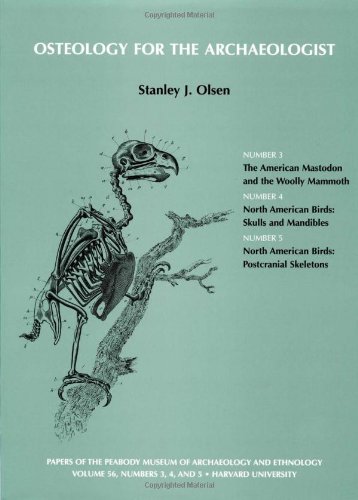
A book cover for Volume 56: Osteology for the Archaeologist: American Mastadon and the Woolly Mammoth; North American Birds: Skulls and Mandibles; North American ... (Papers of the Peabody Museum) (Volume 3); Stanley J. Olsen; Science & Math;